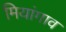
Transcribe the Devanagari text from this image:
मियांगाव